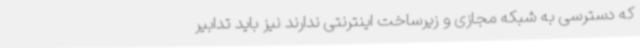
که دسترسی به شبکه مجازی و زیرساخت اینترنتی ندارند نیز باید تدابیر